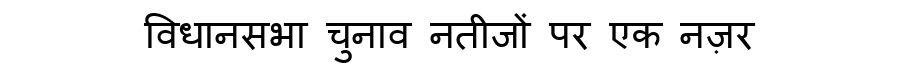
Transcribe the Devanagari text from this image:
विधानसभा चुनाव नतीजों पर एक नज़र